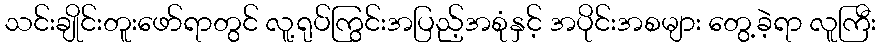
သင်းချိုင်းတူးဖော်ရာတွင် လူ့ရုပ်ကြွင်းအပြည့်အစုံနှင့် အပိုင်းအစများ တွေ့ခဲ့ရာ လူကြီး